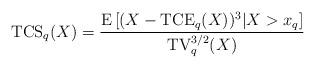
LaTeX: \begin{align*}\mathrm{TCS}_{q}(X)=\frac{\mathrm{E}\left[(X-\mathrm{TCE}_{q}(X))^{3}|X>x_{q}\right]}{\mathrm{TV}_{q}^{3/2}(X)}\end{align*}